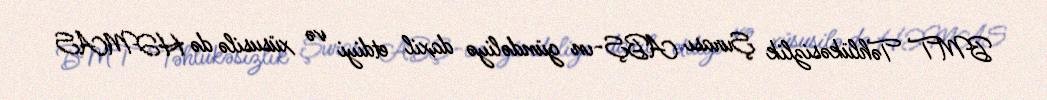
BMT Təhlükəsizlik Şurası ABŞ-ın gündəliyə daxil etdiyi və xüsusilə də HƏMAS